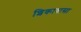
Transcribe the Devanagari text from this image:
शिकावासा